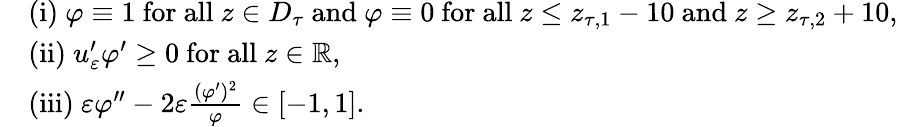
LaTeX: \begin{array}{rl}&{\mathrm{(i)~}\varphi\equiv 1\mathrm{~for~all~}z\in D_{\tau}\mathrm{~and~}\varphi\equiv 0\mathrm{~for~all~}z\leq z_{\tau,1}-10\mathrm{~and~}z\geq z_{\tau,2}+10,}\\ &{\mathrm{(ii)~}u_{\varepsilon}^{\prime}\varphi^{\prime}\geq 0\mathrm{~for~all~}z\in\mathbb{R},}\\ &{\mathrm{(iii)~}\varepsilon\varphi^{\prime\prime}-2\varepsilon\frac{(\varphi^{\prime})^{2}}{\varphi}\in[-1,1].}\end{array}